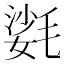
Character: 𣯌